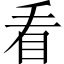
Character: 看